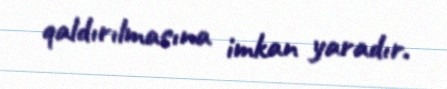
qaldırılmasına imkan yaradır.